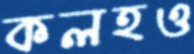
কলহও